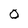
Character: 0